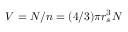
V = N / n = ( 4 / 3 ) \pi r _ { s } ^ { 3 } N